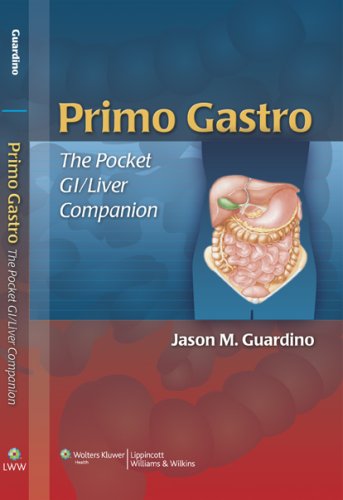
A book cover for Primo Gastro: The Pocket GI/Liver Companion (Guardino, Primo Gastro: The Pocket GI/Liver Companion); Jason M. Guardino DO  MSEd; Christian Books & Bibles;